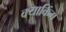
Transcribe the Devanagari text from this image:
क्याकिंग